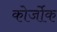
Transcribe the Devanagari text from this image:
कोर्जोक